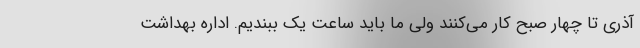
آذری تا چهار صبح کار می‌کنند ولی ما باید ساعت یک ببندیم. اداره بهداشت